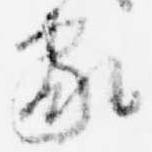
家